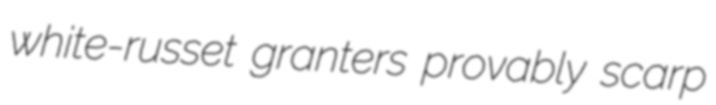
white-russet granters provably scarp